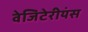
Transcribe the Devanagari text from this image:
वेजिटेरीयंस